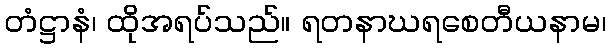
တံဋ္ဌာနံ၊ ထိုအရပ်သည်။ ရတနာဃရစေတီယနာမ၊